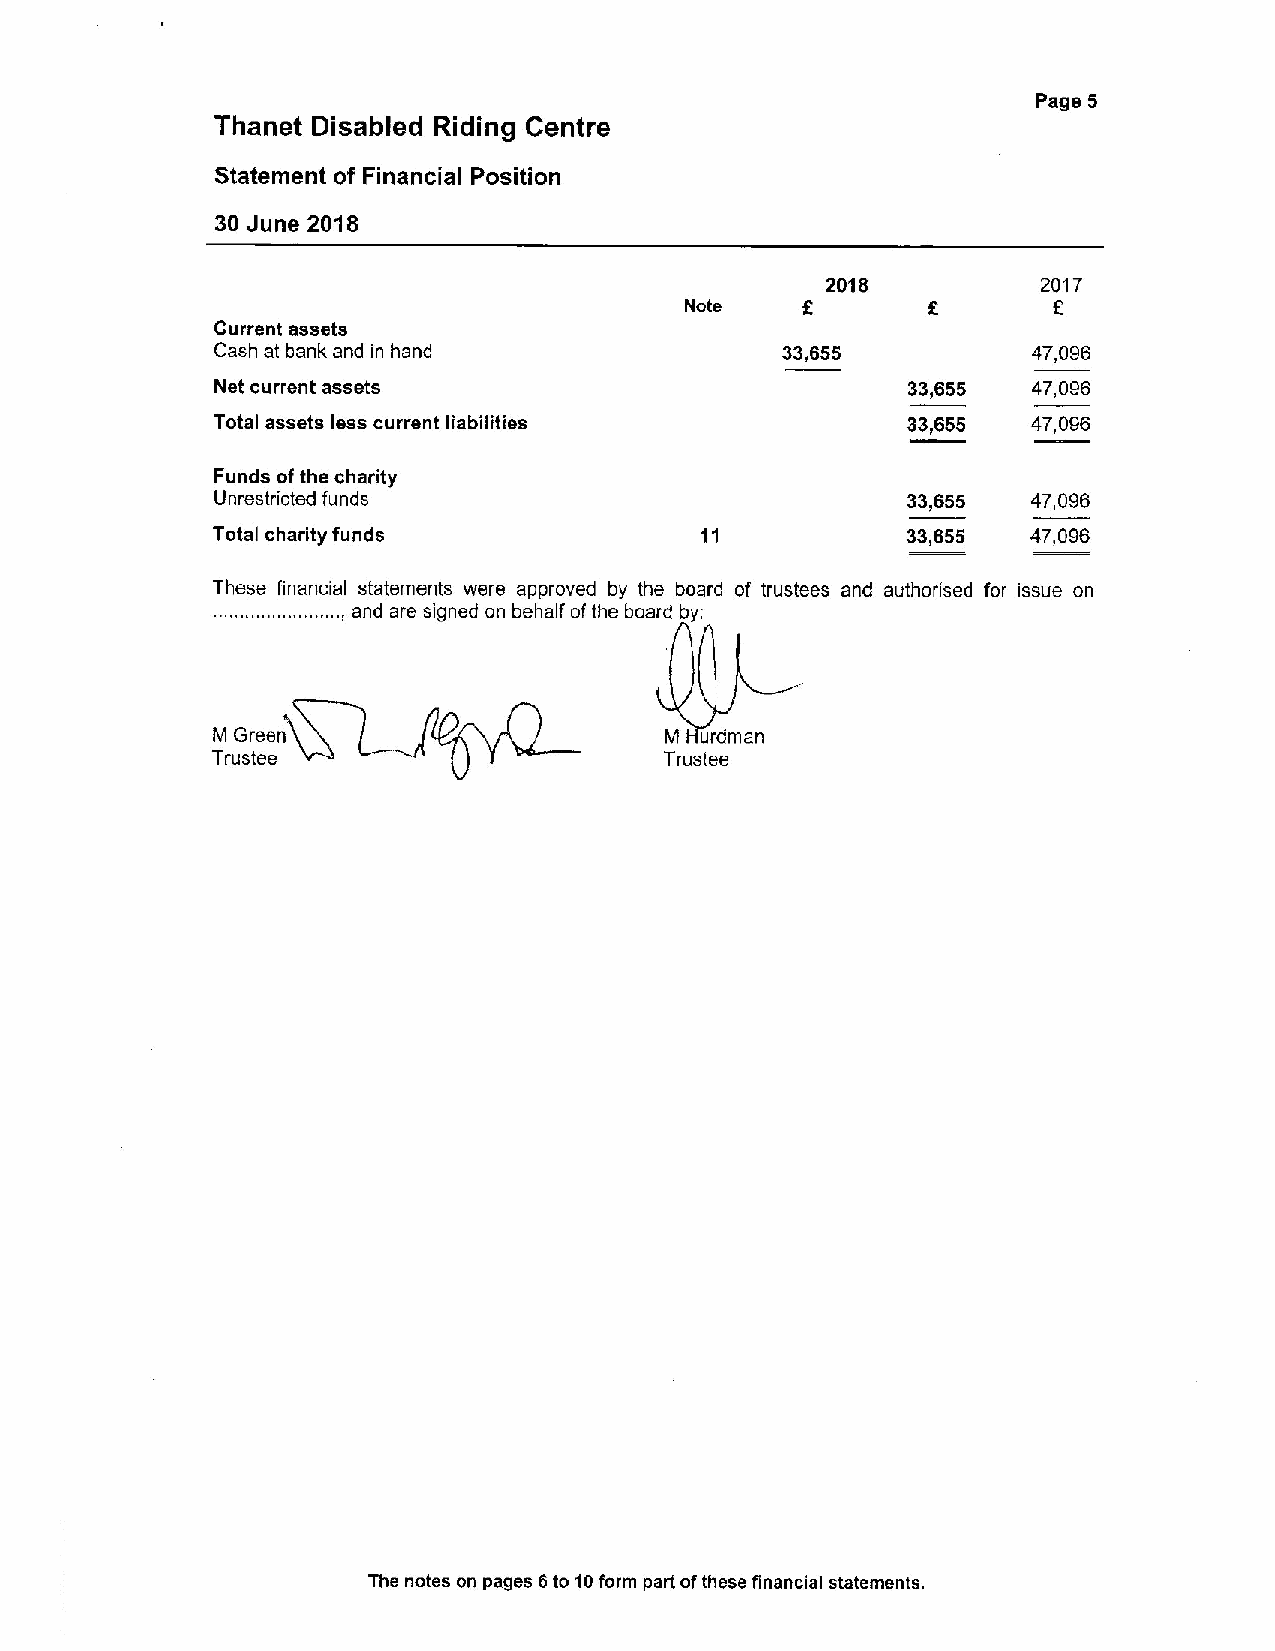
Page 5
 Thanet Disabled Riding Centre
 Statement of Financial Position
 30 June 2018
 2018          2017
 Note    6                f.
 Current assets
 Cash at bank and in hand              33,655          47,096
 Net current assets                            33,655  47,096
 Total assets less current liabilities         33,655  47,096
 Funds ofthe charity
 Unrestricted funds                            33,655  47,096
 Total charity funds                           33,655  47,096
 These financial statements were approved by the board of trustees and authorised for issue on
 ........................, and are signed on behalf ofthe board by:
 M Green                       M urdman
 Trustee                       Trustee
 The notes on pages 6to 10form part ofthese financial statements.